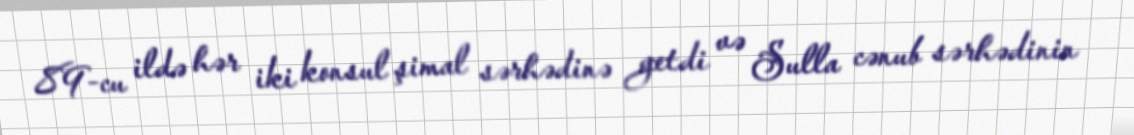
89-cu ildə hər iki konsul şimal sərhədinə getdi və Sulla cənub sərhədinin